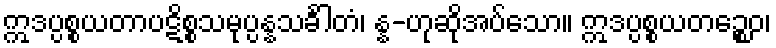
ဣဒပ္ပစ္စယတာပဋိစ္စသမုပ္ပန္နသင်္ခါတံ၊ န္န-ဟုဆိုအပ်သော။ ဣဒပ္ပစ္စယတဉ္စေဝ၊